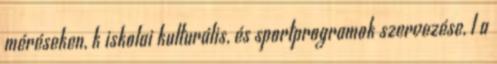
méréseken, k iskolai kulturális, és sportprogramok szervezése, l a